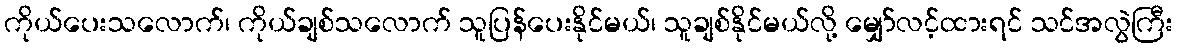
ကိုယ်ပေးသလောက်၊ ကိုယ်ချစ်သလောက် သူပြန်ပေးနိုင်မယ်၊ သူချစ်နိုင်မယ်လို့ မျှော်လင့်ထားရင် သင်အလွဲကြီး